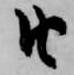
由